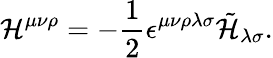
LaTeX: \mathcal{H}^{\mu\nu\rho}=-{\frac{{1}}{{2}}}\epsilon^{\mu\nu\rho\lambda\sigma}\tilde{{\mathcal{H}}}_{\lambda\sigma}.